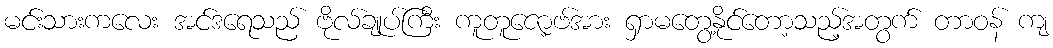
မင်းသားကလေး အင်ဒရေသည် ဗိုလ်ချုပ်ကြီး ကူတူဇော့ဗ်အား ရှာမတွေ့နိုင်တော့သည့်အတွက် တာဝန် ကျ